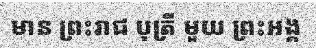
មាន ព្រះរាជ បុត្រី មួយ ព្រះអង្គ